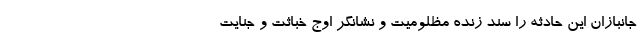
جانبازان این حادثه را سند زنده مظلومیت و نشانگر اوج خباثت و جنایت